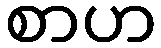
စာဟ